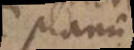
planum